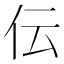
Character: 伝